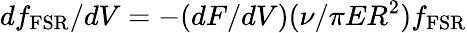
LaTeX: df_{\mathrm{FSR}}/dV=-(dF/dV)(\nu/\pi ER^{2})f_{\mathrm{FSR}}